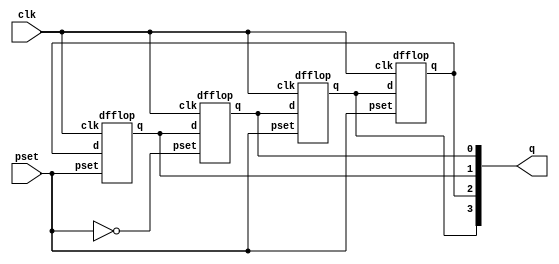
module bit_syn(q,clk,pset);
  input clk,pset;
  output [3:0]q;
  wire [3:0]q;
  dfflop s1 (q[3],q[0],clk,pset);
  dfflop s2 (q[2],q[3],clk,(pset));
  dfflop s3 (q[1],q[2],clk,pset);
  dfflop s4 (q[0],q[1],clk,(~pset));
endmodule
  
  
module dfflop(q,d,clk,pset);
  input d,clk,pset;
  output reg q;
  always @ (posedge pset)
  begin
   q<=0;
  end
  always @ (negedge pset)
  begin
    q<=1;
  end
 always @ (posedge clk)
  begin 
     q<=d;
  end
endmodule